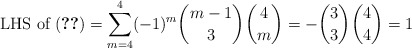
\begin{align*} \text{ LHS of (\ref{eqn:final})} = \sum_{m=4}^4 (-1)^m \binom{m-1}{3} \binom{4}{m} = - \binom{3}{3} \binom{4}{4} = 1 \end{align*}